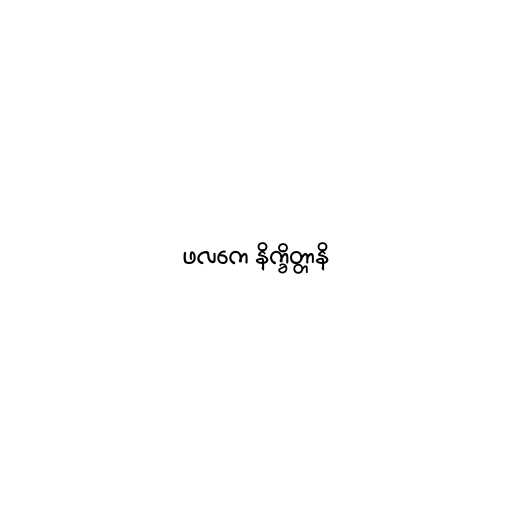
ဖလကေ နိက္ခိတ္တာနိ